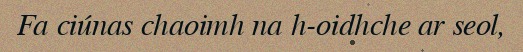
Fa ciúnas chaoimh na h-oidhche ar seol,